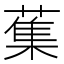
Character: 𦺴